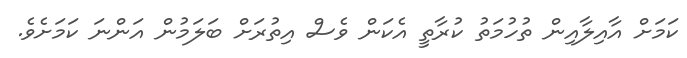
ކަމަށް އާއިލާއިން ތުހުމަތު ކުރާތީ އެކަން ވެސް އިތުރަށް ބަލަމުން އަންނަ ކަމަށެވެ.